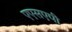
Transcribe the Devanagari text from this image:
एएसएपी